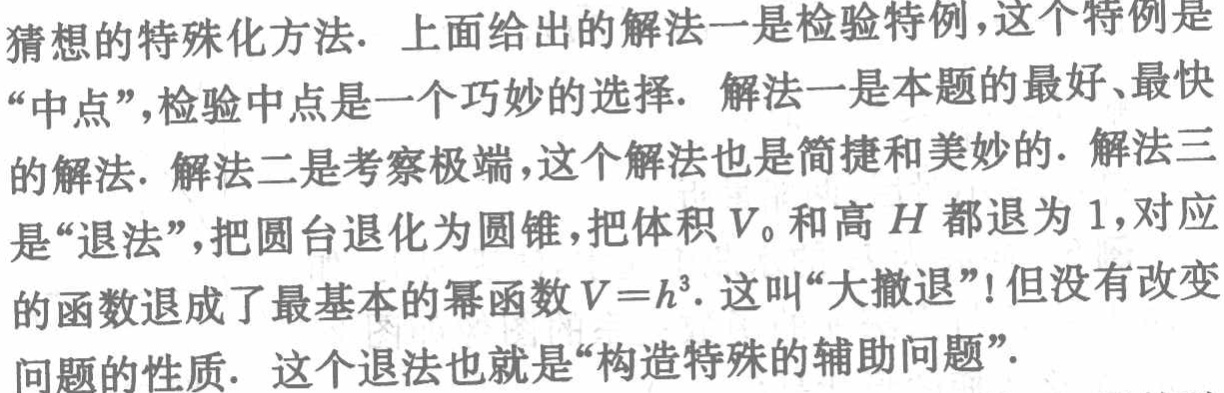
猜想的特殊化方法. 上面给出的解法一是检验特例,这个特例是
“中点”,检验中点是一个巧妙的选择. 解法一是本题的最好、最快
的解法. 解法二是考察极端,这个解法也是简捷和美妙的. 解法三
是“退法”,把圆台退化为圆锥,把体积$V_0$和高$H$ 都退为 1,对应
的函数退成了最基本的幂函数$V = h^3$. 这叫“大撤退”!但没有改变
问题的性质. 这个退法也就是“构造特殊的辅助问题”.